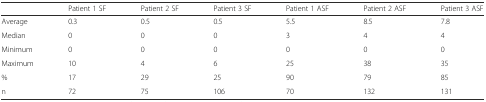
|  | Patient 1 SF | Patient 2 SF | Patient 3 SF | Patient 1 ASF | Patient 2 ASF | Patient 3 ASF |
 | --- | --- | --- | --- | --- | --- | --- |
 | Average | 0.3 | 0.5 | 0.5 | 5.5 | 8.5 | 7.8 |
 | Median | 0 | 0 | 0 | 3 | 4 | 4 |
 | Minimum | 0 | 0 | 0 | 0 | 0 | 0 |
 | Maximum | 10 | 4 | 6 | 25 | 38 | 35 |
 | % | 17 | 29 | 25 | 90 | 79 | 85 |
 | n | 72 | 75 | 106 | 70 | 132 | 131 |